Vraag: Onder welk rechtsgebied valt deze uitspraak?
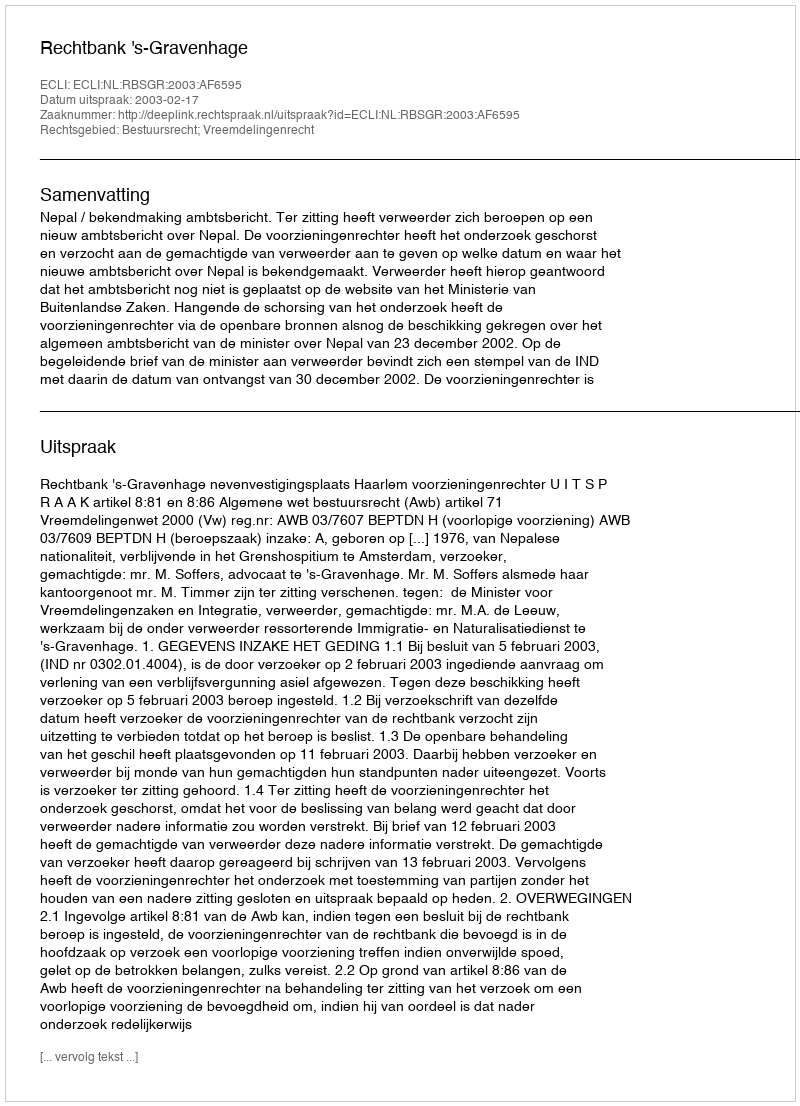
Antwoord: Bestuursrecht; Vreemdelingenrecht